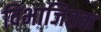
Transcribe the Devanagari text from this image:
विभाजितक